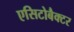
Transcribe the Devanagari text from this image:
एसिटोबैक्टर